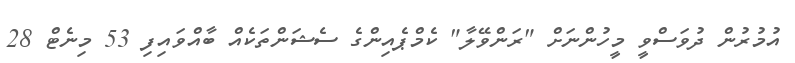
އުމުރުން ދުވަސްވީ މީހުންނަށް "ރަންވޭލާ" ކެމްޕެއިންގެ ސެޝަންތަކެއް ބާއްވައިފި 53 މިނެޓް 28